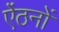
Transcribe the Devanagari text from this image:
ऐंठनों